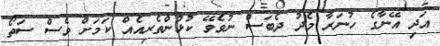
އަދި އޭނާގެ ހުނަރާ މެދު ދެބަސް ނުވެވޭ ކުޅުންތެރިއެއް ކަމަށް ވެސް ސަތޯ